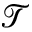
\mathcal { T }